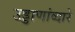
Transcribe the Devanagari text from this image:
उड्डाणांव्दारे